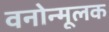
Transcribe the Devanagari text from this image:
वनोन्मूलक